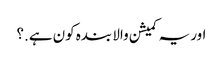
اور یہ کمیشن والا بندہ کون ہے.؟